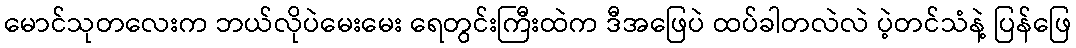
မောင်သုတလေးက ဘယ်လိုပဲမေးမေး ရေတွင်းကြီးထဲက ဒီအဖြေပဲ ထပ်ခါတလဲလဲ ပဲ့တင်သံနဲ့ ပြန်ဖြေ